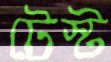
টেস্ট